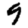
Digit: 9